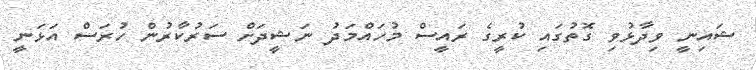
ޝައިނީ ވިދާޅުވި ގޮތުގައި ކުރީގެ ރައީސް މުހައްމަދު ނަޝީދަށް ސަރުކާރުން ހުރަސް އަޅަނީ